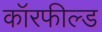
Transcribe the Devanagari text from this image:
कॉरफील्ड